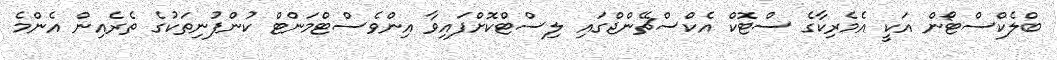
ބްލެކްސްޓޯން އަކީ އެމެރިކާގެ ސްޓޮކް އެކްސްޗޭންޖްގައި ލިސްޓްކޮށްފައިވާ އިންވެސްޓްމަންޓް ކުންފުނިތަކުގެ ތެރެއިން އެންމެ